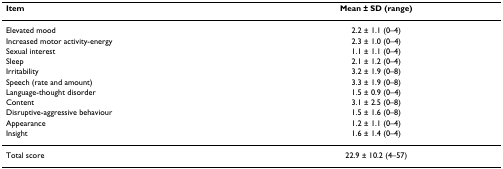
<table><thead><tr><td><b>Item</b></td><td><b>Mean ± SD (range)</b></td></tr></thead><tbody><tr><td>Elevated mood</td><td>2.2 ± 1.1 (0–4)</td></tr><tr><td>Increased motor activity-energy</td><td>2.3 ± 1.0 (0–4)</td></tr><tr><td>Sexual interest</td><td>1.1 ± 1.1 (0–4)</td></tr><tr><td>Sleep</td><td>2.1 ± 1.2 (0–4)</td></tr><tr><td>Irritability</td><td>3.2 ± 1.9 (0–8)</td></tr><tr><td>Speech (rate and amount)</td><td>3.3 ± 1.9 (0–8)</td></tr><tr><td>Language-thought disorder</td><td>1.5 ± 0.9 (0–4)</td></tr><tr><td>Content</td><td>3.1 ± 2.5 (0–8)</td></tr><tr><td>Disruptive-aggressive behaviour</td><td>1.5 ± 1.6 (0–8)</td></tr><tr><td>Appearance</td><td>1.2 ± 1.1 (0–4)</td></tr><tr><td>Insight</td><td>1.6 ± 1.4 (0–4)</td></tr><tr><td>Total score</td><td>22.9 ± 10.2 (4–57)</td></tr></tbody></table>